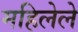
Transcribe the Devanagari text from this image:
महिलेले